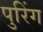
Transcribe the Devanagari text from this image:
पुरिंग